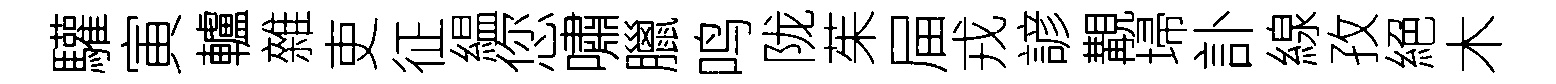
驩寅轤雜吏征緼您嘯臘鸣陇茱屇戎諺覯埽訃線孜絕木